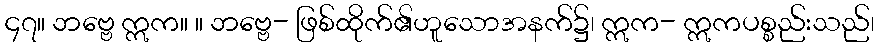
၄၇။ ဘဗ္ဗေ ဣက။ ။ ဘဗ္ဗေ- ဖြစ်ထိုက်၏ဟူသောအနက်၌၊ ဣက- ဣကပစ္စည်းသည်၊